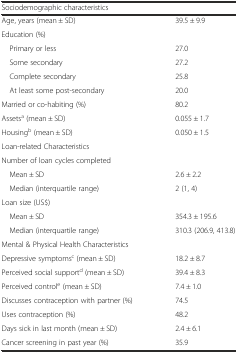
| <COLSPAN=2> Sociodemographic characteristics |
 | --- | --- |
 | Age, years (mean ± SD) | 39.5 ± 9.9 |
 | Education (%) |  |
 | Primary or less | 27.0 |
 | Some secondary | 27.2 |
 | Complete secondary | 25.8 |
 | At least some post-secondary | 20.0 |
 | Married or co-habiting (%) | 80.2 |
 | Assetsa (mean ± SD) | 0.055 ± 1.7 |
 | Housingb (mean ± SD) | 0.050 ± 1.5 |
 | <COLSPAN=2> Loan-related Characteristics |
 | Number of loan cycles completed |  |
 | Mean ± SD | 2.6 ± 2.2 |
 | Median (interquartile range) | 2 (1, 4) |
 | Loan size (US$) |  |
 | Mean ± SD | 354.3 ± 195.6 |
 | Median (interquartile range) | 310.3 (206.9, 413.8) |
 | <COLSPAN=2> Mental & Physical Health Characteristics |
 | Depressive symptomsc (mean ± SD) | 18.2 ± 8.7 |
 | Perceived social supportd (mean ± SD) | 39.4 ± 8.3 |
 | Perceived controle (mean ± SD) | 7.4 ± 1.0 |
 | Discusses contraception with partner (%) | 74.5 |
 | Uses contraception (%) | 48.2 |
 | Days sick in last month (mean ± SD) | 2.4 ± 6.1 |
 | Cancer screening in past year (%) | 35.9 |